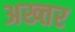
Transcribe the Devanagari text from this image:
अख्‍तर